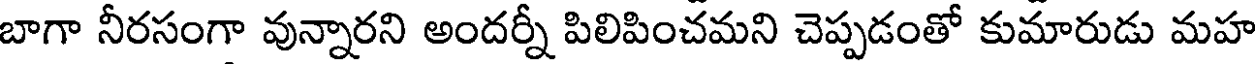
బాగా నీరసంగా వున్నారని అందర్నీ పిలిపించమని చెప్పడంతో కుమారుడు మహ